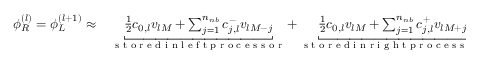
\begin{array} { r l } { \phi _ { R } ^ { ( l ) } = \phi _ { L } ^ { ( l + 1 ) } \approx } & { { } \underbracket { \frac { 1 } { 2 } c _ { 0 , l } v _ { l M } + \sum _ { j = 1 } ^ { n _ { n b } } c _ { j , l } ^ { - } v _ { l M - j } } _ { \textup { s t o r e d i n l e f t p r o c e s s o r } } + \underbracket { \frac { 1 } { 2 } c _ { 0 , l } v _ { l M } + \sum _ { j = 1 } ^ { n _ { n b } } c _ { j , l } ^ { + } v _ { l M + j } } _ { \textup { s t o r e d i n r i g h t p r o c e s s o r } } , } \end{array}